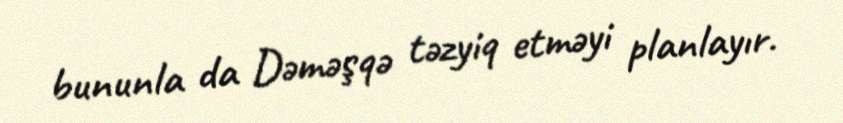
bununla da Dəməşqə təzyiq etməyi planlayır.